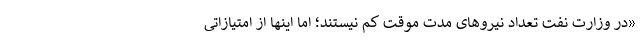
«در وزارت نفت تعداد نیروهای مدت موقت کم نیستند؛ اما اینها از امتیازاتی